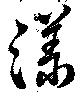
漾